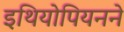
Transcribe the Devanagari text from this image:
इथियोपियनने